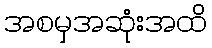
အစမှအဆုံးအထိ